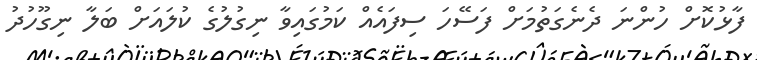
ފާޅުކޮށް ހުންނަ ދެނެގަތުމަށް ފަސޭހަ ސިފައެއް ކަމުގައިވާ ނިގުލުގެ ކުލައަށް ބަލާ ނިގޫހުދު